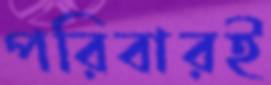
পরিবারই